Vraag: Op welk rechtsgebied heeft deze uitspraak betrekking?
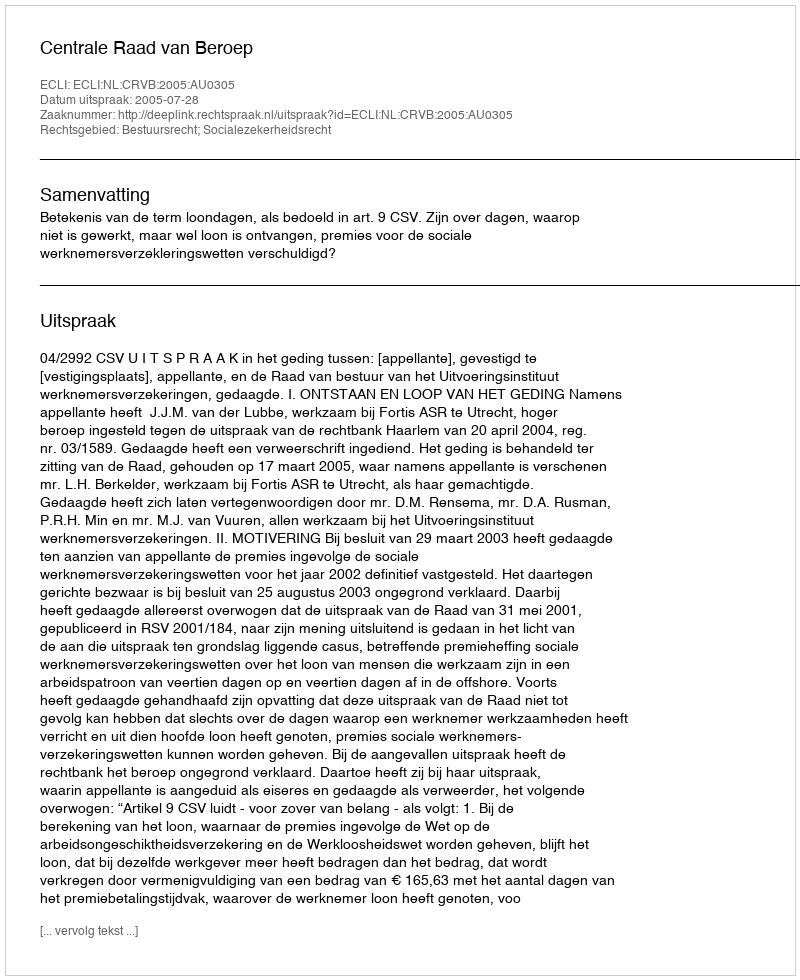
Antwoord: Bestuursrecht; Socialezekerheidsrecht